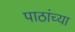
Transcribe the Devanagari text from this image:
पाठांच्या